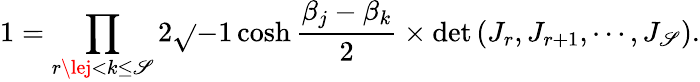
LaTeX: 1=\prod_{r\lej<k\le\mathscr{S}}2\sqrt{}{{-1}}\cosh\frac{{\beta_{j}-\beta_{k}}}{{2}}\times\operatorname*{det}\left(J_{r},J_{r+1},\cdots,J_{\mathscr{S}}\right).